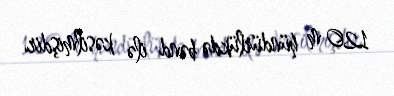
120 m hündürlükdə bənd ilə kəsilmişdir.